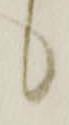
候